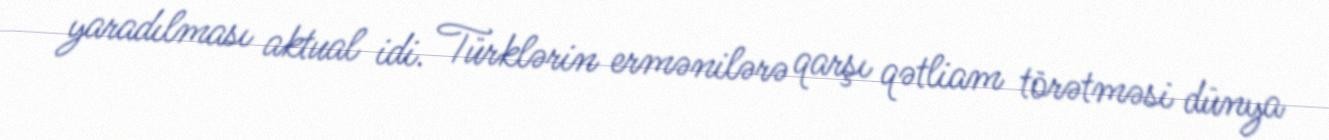
yaradılması aktual idi. Türklərin ermənilərə qarşı qətliam törətməsi dünya